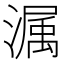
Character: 𭲫